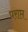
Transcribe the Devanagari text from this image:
पराप्त